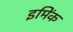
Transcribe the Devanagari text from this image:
इमिंक